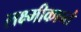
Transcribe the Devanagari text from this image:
लक्ष्मीकान्तं